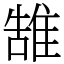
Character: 䧼